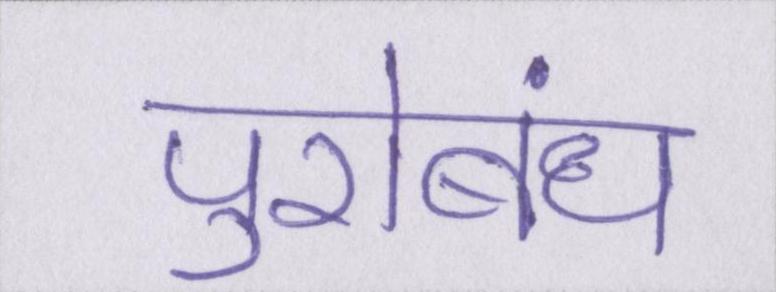
पुरोबंध